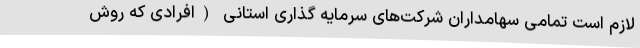
لازم است تمامی سهامداران شرکت‌های سرمایه گذاری استانی (افرادی که روش